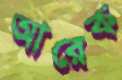
আরেক